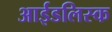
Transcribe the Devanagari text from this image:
आईडलिस्क